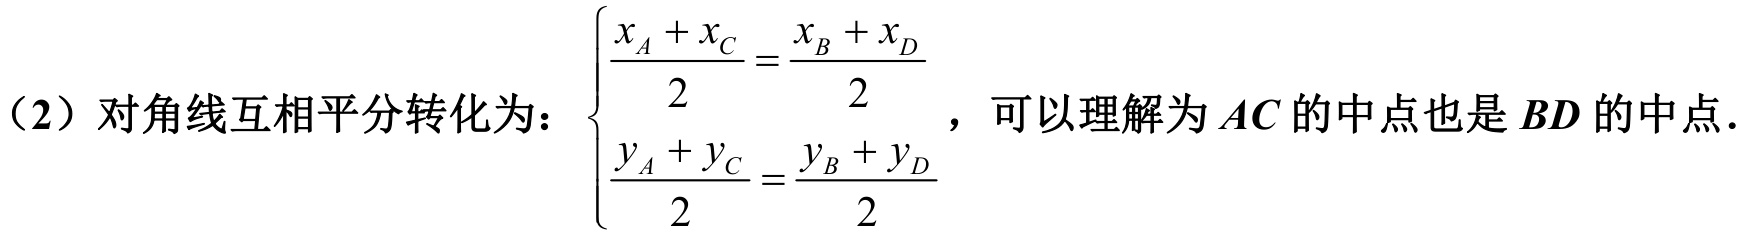
（2）对角线互相平分转化为：\(\begin{cases}\dfrac{x_{A}+x_{C}}{2}=\dfrac{x_{B}+x_{D}}{2}\\ \dfrac{y_{A}+y_{C}}{2}=\dfrac{y_{B}+y_{D}}{2}\end{cases}\)，可以理解为\(AC\)的中点也是\(BD\)的中点.